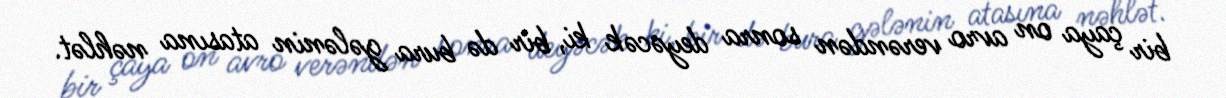
bir çaya on avro verəndən sonra deyəcək ki, bir də bura gələnin atasına nəhlət.